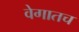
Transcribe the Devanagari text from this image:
वेगातच